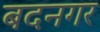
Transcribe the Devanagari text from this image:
बदनगर